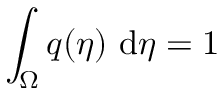
\int _ { \Omega } q ( \eta ) \ \mathrm { d } \eta = 1